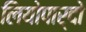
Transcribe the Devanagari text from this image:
लियोपार्दो